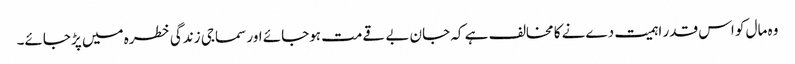
وہ مال کو اس قدر اہمیت دےنے کا مخالف ہے کہ جان بے قےمت ہوجائے اور سماجی زندگی خطرہ میں پڑجائے۔